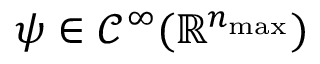
\psi \in \mathcal { C } ^ { \infty } ( \mathbb { R } ^ { n _ { \operatorname* { m a x } } } )